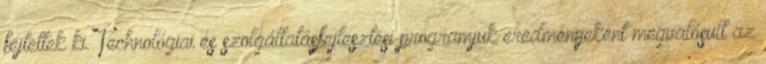
fejtettek ki. Technológiai és szolgáltatásfejlesztési programjuk eredményeként megvalósult az